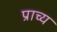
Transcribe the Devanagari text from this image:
प्राच्‍य